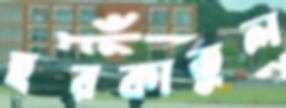
হরকাতুল